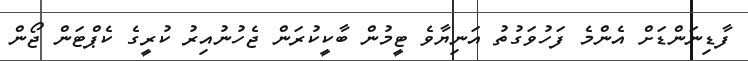
ފާޑިނަންޑަށް އެންމެ ފަހުވަގުތު އަނިޔާވެ ޓީމުން ބާކީކުރަން ޖެހުނުއިރު ކުރީގެ ކެޕްޓަން ޖޯން